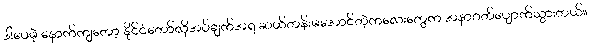
ဒါပေမဲ့ နောက်ကျတော့ နိုင်ငံတော်လိုအပ်ချက်အရ ဆယ်တန်းမအောင်တဲ့ကလေးတွေက အနာဂတ်ပျောက်သွားတယ်။